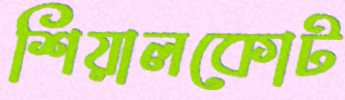
শিয়ালকোট